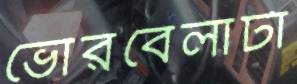
ভোরবেলাটা